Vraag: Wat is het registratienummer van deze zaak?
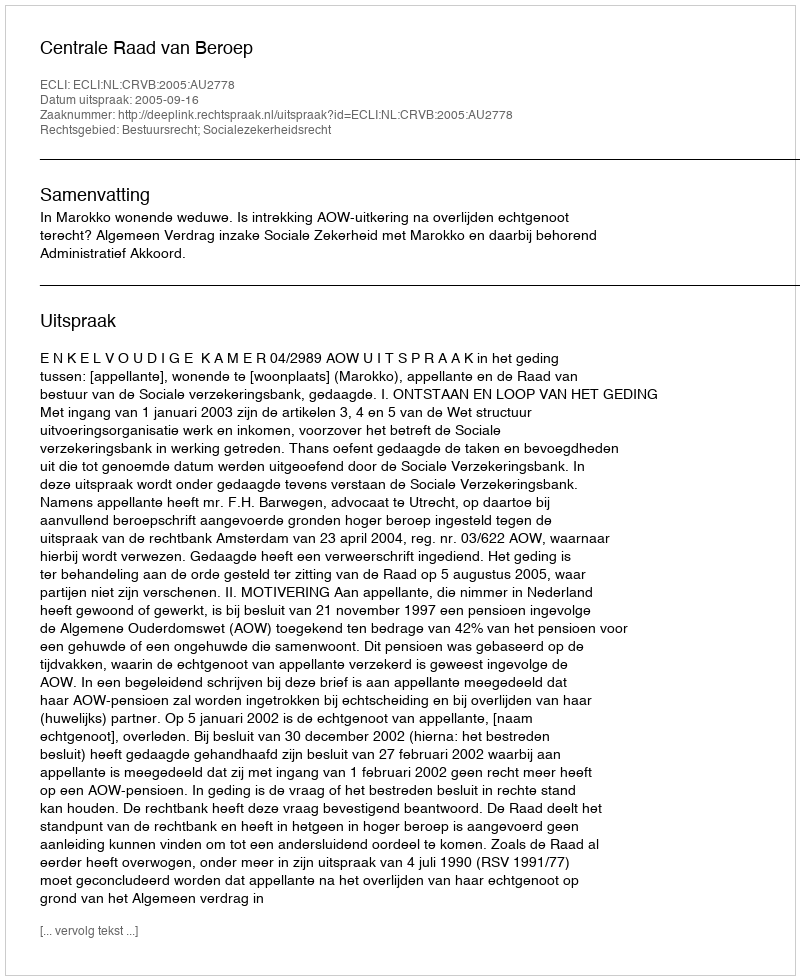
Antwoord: http://deeplink.rechtspraak.nl/uitspraak?id=ECLI:NL:CRVB:2005:AU2778